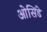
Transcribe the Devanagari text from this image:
ओसिंडे